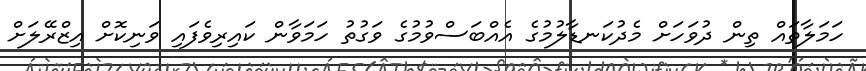
ހަމަލާތައް ތިން ދުވަހަށް މެދުކަނޑާލުމުގެ އެއްބަސްވުމުގެ ވަގުތު ހަމަވާން ކައިރިވެފައި ވަނިކޮށް އިޒްރޭލަށް